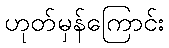
ဟုတ်မှန်ကြောင်း